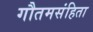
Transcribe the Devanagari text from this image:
गौतमसंहिता